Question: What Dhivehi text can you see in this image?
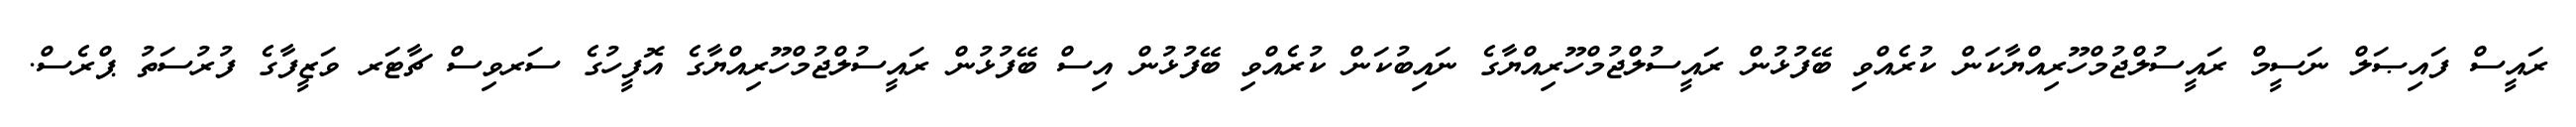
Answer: ރައީސް ފައިޞަލް ނަސީމް ރައީސުލްޖުމްހޫރިއްޔާކަން ކުރެއްވި ބޭފުޅުން ރައީސުލްޖުމްހޫރިއްޔާގެ ނައިބުކަން ކުރެއްވި ބޭފުޅުން އިސް ބޭފުޅުން ރައީސުލްޖުމްހޫރިއްޔާގެ އޮފީހުގެ ސަރވިސް ޗާޓަރ ވަޒީފާގެ ފުރުސަތު ޕްރެސް.